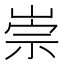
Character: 崇